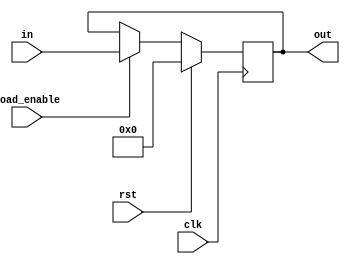
module Pipeline_Register 
						#(parameter BUS_WIDTH = 8)
						(
							clk, 
							rst,
							load_enable,							
							in,
							out
						);
			
						input wire clk;
						input wire rst;
						input wire load_enable;
						input wire [BUS_WIDTH - 1:0] in;

						output reg [BUS_WIDTH - 1:0] out;

						always @(posedge clk) begin
						  if(rst) begin
								out  <= {BUS_WIDTH{1'b0}};
						  end
						  else if(load_enable) begin
								out <= in;
						  end
						  else 
								out <= out;
						end

endmodule